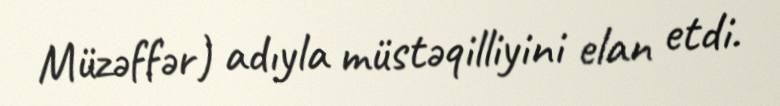
Müzəffər) adıyla müstəqilliyini elan etdi.